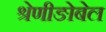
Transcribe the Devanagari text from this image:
श्रेणीङोबेल